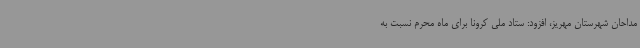
مداحان شهرستان مهریز، افزود: ستاد ملی کرونا برای ماه محرم نسبت به